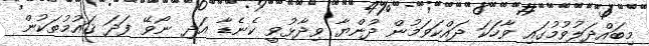
މިބައްދަލުވުމުގައި ވާހަކަ ދައްކަވަމުން ދުންޔާ ވިދާޅުވީ ކެނެޑާ އަދި ނޯވޭ ފަދަ ޤައުމުތަކުން